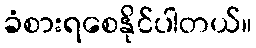
ခံစားရစေနိုင်ပါတယ်။